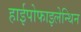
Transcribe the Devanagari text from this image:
हाईपोफाइलेन्थिन